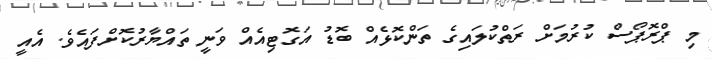
މި ޕްރޮޕޯސް ކުރުމަށް ރަތްކުލައިގެ ތަންކޮޅެއް ބޮޑު އަގޮޓިއެއް ވަނީ ތައްޔާރުކޮށްފައެވެ. އެއީ